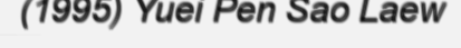
(1995) Yuei Pen Sao Laew